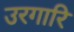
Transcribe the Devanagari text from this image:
उरगारि